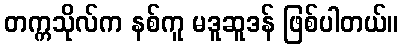
တက္ကသိုလ်က နစ်ကူ မဒူဆူဒန် ဖြစ်ပါတယ်။